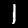
Label: 1